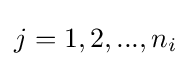
j=1,2,...,n_{i}